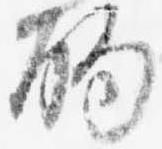
酌